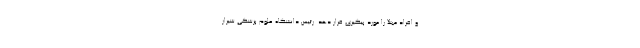
و افراد مبتلا را مورد پیگیری قرار دهد. رئیس دانشگاه علوم پزشکی شیراز